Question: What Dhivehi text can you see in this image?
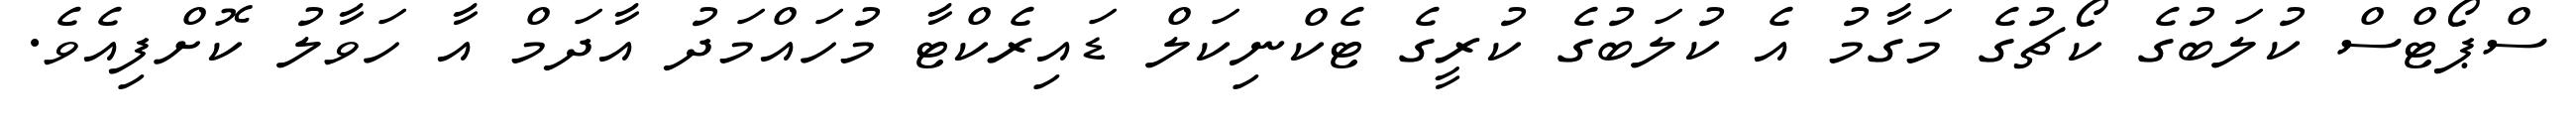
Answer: ސްޕޯޓްސް ކުލަބުގެ ކޯޗުގެ މަގާމު އެ ކުލަބުގެ ކުރީގެ ޓެކްނިކަލް ޑައިރެކްޓާ މުހައްމަދު އާދަމް އާ ހަވާލު ކޮށްފިއެވެ.